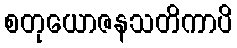
စတုယောဇနသတိကာပိ